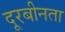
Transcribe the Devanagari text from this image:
दूरबीनता